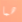
هما